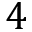
4